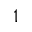
^ 1